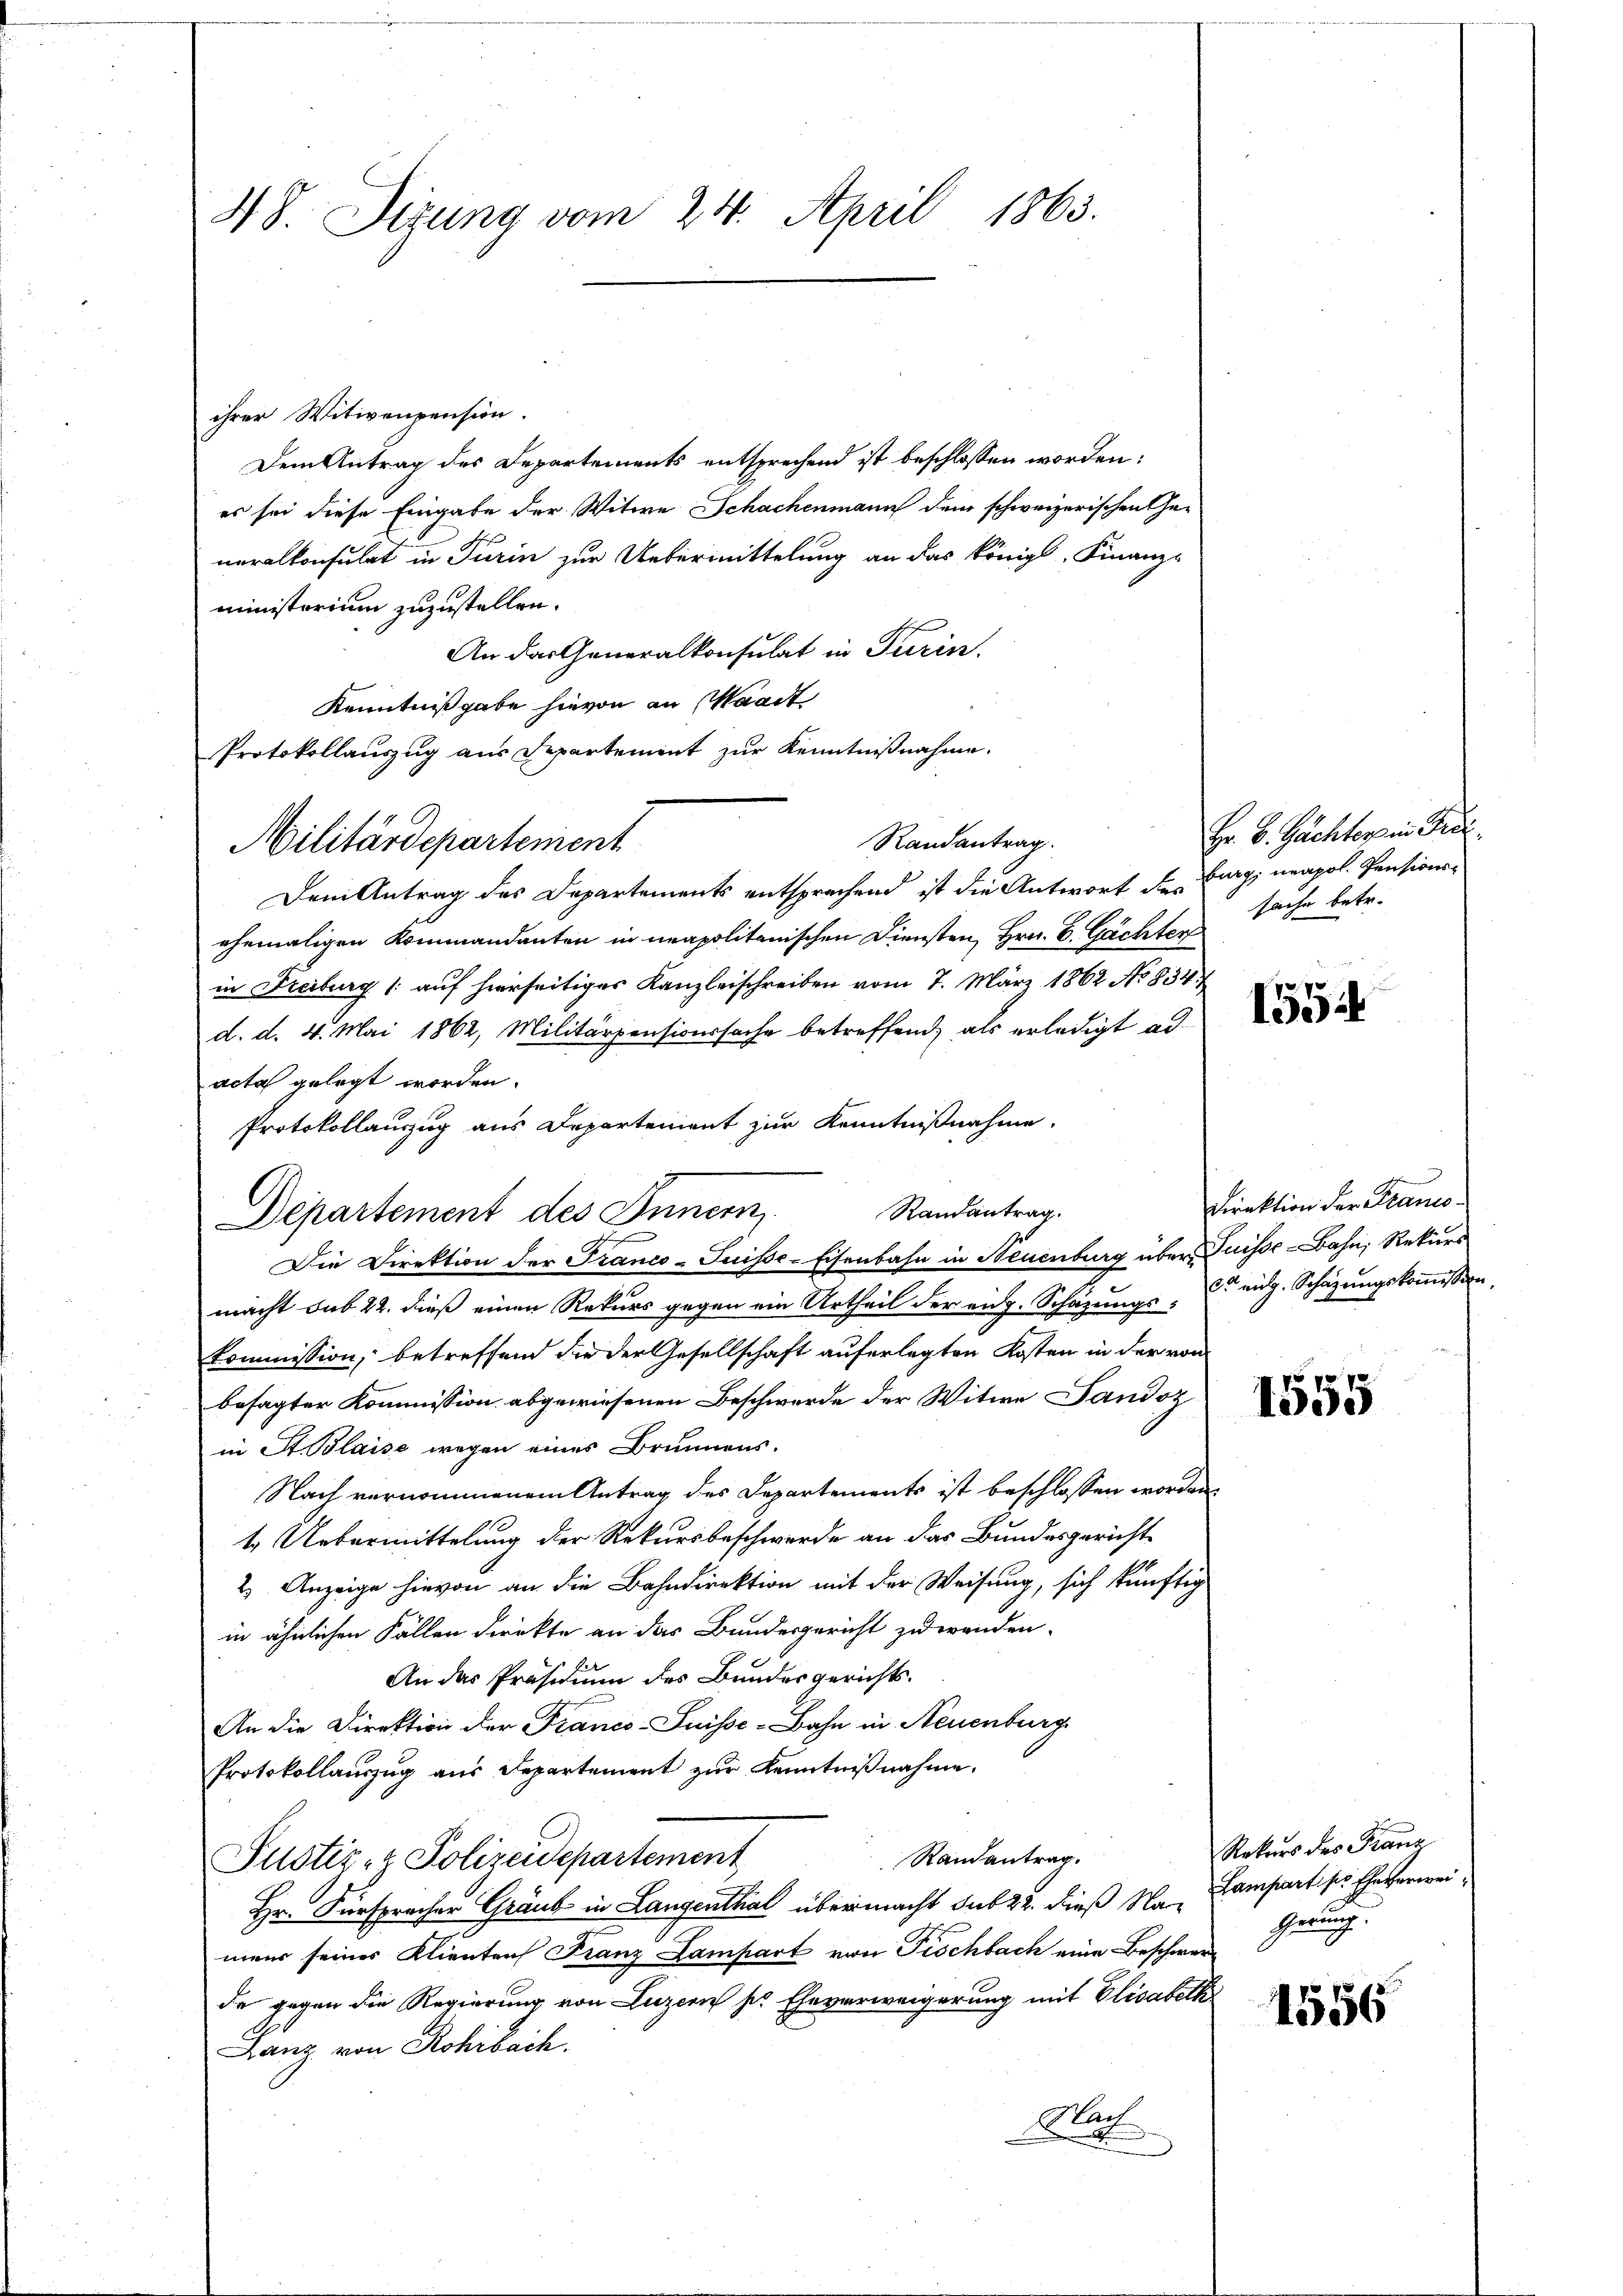
48. Sizung vom 24. April 1863.

ihrer Witwenpension.
Dem Antrag des Departements entsprechend ist beschlossen worden:
es sei diese Eingabe der Witwe Schachenmann dem schweizerischen Ge-
neralkonsulat in Turin zur Uebermittelung an das Königl. Finanz-
ministorium zuzustellen.
An das Generalkonsulat in Turin.
Kenntniß gabe hievon an Waadt
Protokollauszug aus Departement zur Kenntnißnahme.
Dem Antrag des Departements entsprechend ist die Antwort der Burg; neapol. Pensionsehemaligen Kommandanten in neapolitanischen Diensten, Hrn. B. Gächter
in Freiburg (auf hierseitiges Kanzleischreiben vom 7. März 1862 No 834.
d. d. 4. Mai 1862, Militärpensionssache betreffend, als erledigt ad
acta gelegt worden.
Protokollanzzug aus Departement zur Kenntnißnahme.
Departement des Innern, Randantrag.
Die Direktion der Franco-Suisse-Eisenbahn in Neuenburg über Puisse-Bahn, Rekurs
macht sub 22. dieß einen Rekurs gegen ein Urtheil der eidg. Schazungs- Er eidg. Schazungskommission,
kommission, betreffend die der Gesellschaft auferlegten Kosten in der von
besagter Kommission abgewiesenen Beschwerde der Witwe Sandoz
in St. Blaise wegen eines Brunnens.
Nach vernommenem Antrag des Departements ist beschlossen worden,
4. Uebermittelung der Rekursbeschwerde an das Bundesgericht¬
2) Anzeige hievon an die Bahndirektion mit der Weisung, sich künftig
in ähnlichen Fällen direkte an das Bundesgericht zuwenden.
An das Präsidium des Bundesgerichts¬
An die Direktion der Franco-Suisse-Bahn in Neuenburg
Protokollauszug aus Departement zur Kenntnißnahme.
Randantrag.
Justiz- & Polizeidepartement
Hr. Fürspracher Graub in Langenthal übermacht sub 22. dieß Na- Lampart ses Eheverweimens seines Klientens Franz Lampart von Fischbach eine Beschwerde gegen die Regierung von Luzern ser Eheverweigerung mit Elisabeth
Lanz von Rohrbach.
Nat

Militärdepartement

Randantrag.

Hr. B. Gachter in Fic
sache betr.

22 x
100

Direktion der Piano¬

1555

Rekurs des Franz
Gerung

1556